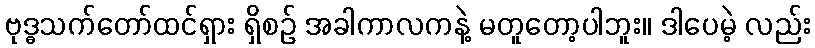
ဗုဒ္ဓသက်တော်ထင်ရှား ရှိစဉ် အခါကာလကနဲ့ မတူတော့ပါဘူး။ ဒါပေမဲ့ လည်း